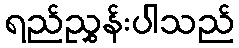
ရည်ညွှန်းပါသည်